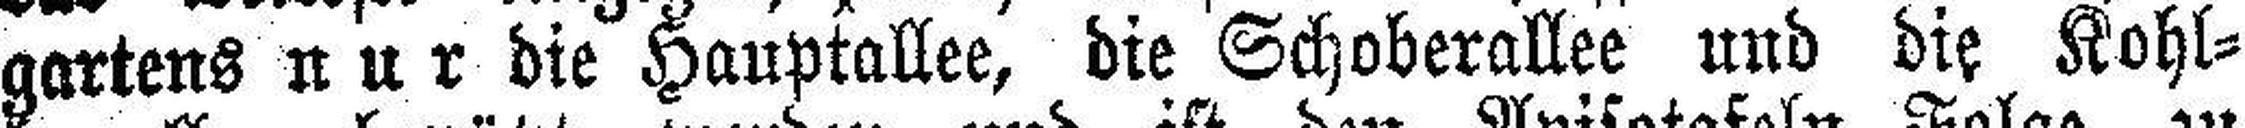
gartens nur die Hauptallee, die Schoberallee und die Kohl¬